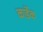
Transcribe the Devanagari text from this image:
कार्डेक